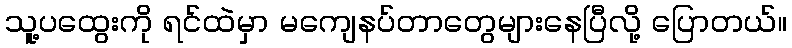
သူ့ပထွေးကို ရင်ထဲမှာ မကျေနပ်တာတွေများနေပြီလို့ ပြောတယ်။